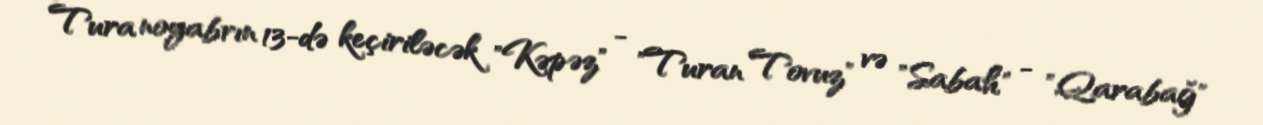
Tura noyabrın 13-də keçiriləcək "Kəpəz" - "Turan Tovuz" və "Sabah" - "Qarabağ"